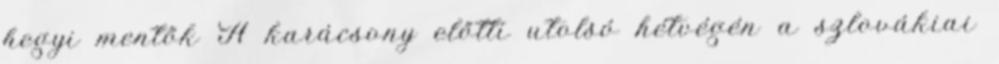
hegyi mentők A karácsony előtti utolsó hétvégén a szlovákiai